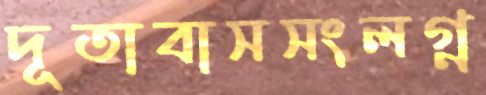
দূতাবাসসংলগ্ন